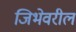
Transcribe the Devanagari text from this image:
जिभेवरील